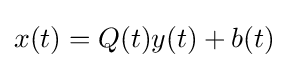
x(t)=Q(t)y(t)+b(t)